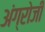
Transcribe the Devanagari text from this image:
अंग्रोजी